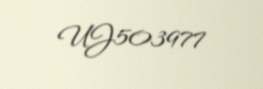
UJ503977